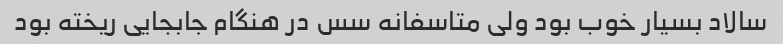
سالاد بسیار خوب بود ولی متاسفانه سس در هنگام جابجایی ریخته بود